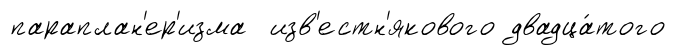
параплан'ер'изма изв'естн'якового двадца́того